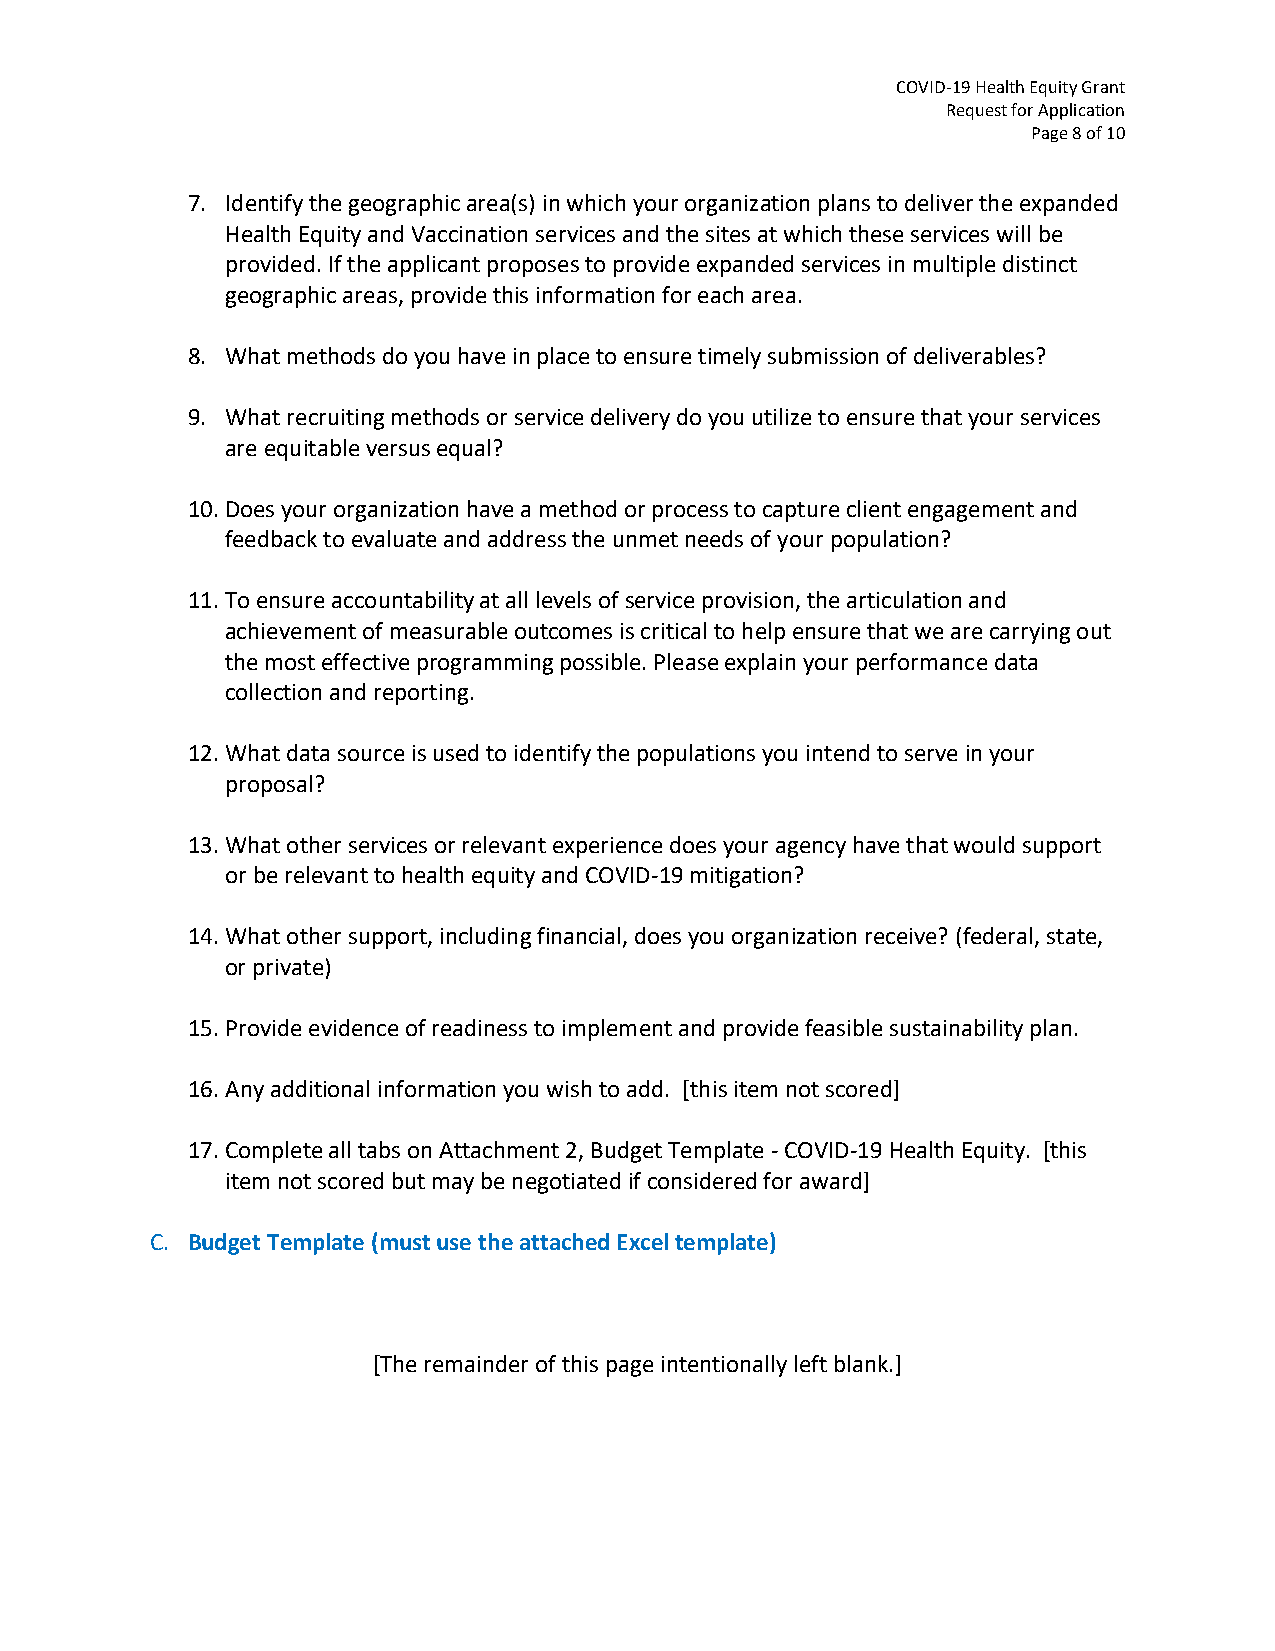
COVID-19 Health Equity Grant
 Request for Application
 Page 8 of 10
 7. Identify the geographic area(s) in which your organization plans to deliver the expanded
 Health Equity and Vaccination services and the sites at which these services will be
 provided. If the applicant proposes to provide expanded services in multiple distinct
 geographic areas, provide this information for each area.
 8. What methods do you have in place to ensure timely submission of deliverables?
 9. What recruiting methods or service delivery do you utilize to ensure that your services
 are equitable versus equal?
 10. Does your organization have a method or process to capture client engagement and
 feedback to evaluate and address the unmet needs of your population?
 11. To ensure accountability at all levels of service provision, the articulation and
 achievement of measurable outcomes is critical to help ensure that we are carrying out
 the most effective programming possible. Please explain your performance data
 collection and reporting.
 12. What data source is used to identify the populations you intend to serve in your
 proposal?
 13. What other services or relevant experience does your agency have that would support
 or be relevant to health equity and COVID-19 mitigation?
 14. What other support, including financial, does you organization receive? (federal, state,
 or private)
 15. Provide evidence of readiness to implement and provide feasible sustainability plan.
 16. Any additional information you wish to add. [this item not scored]
 17. Complete all tabs on Attachment 2, Budget Template - COVID-19 Health Equity. [this
 item not scored but may be negotiated if considered for award]
 C. Budget Template (must use the attached Excel template)
 [The remainder of this page intentionally left blank.]